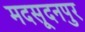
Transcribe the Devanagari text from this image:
मदसूदनपुर